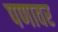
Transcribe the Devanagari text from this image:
पणावर